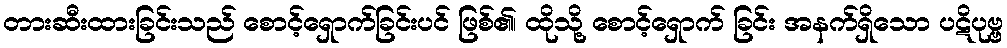
တားဆီးထားခြင်းသည် စောင့်ရှောက်ခြင်းပင် ဖြစ်၏၊ ထိုသို့ စောင့်ရှောက် ခြင်း အနက်ရှိသော ပဋိပုဗ္ဗ